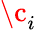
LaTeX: \c_{i}